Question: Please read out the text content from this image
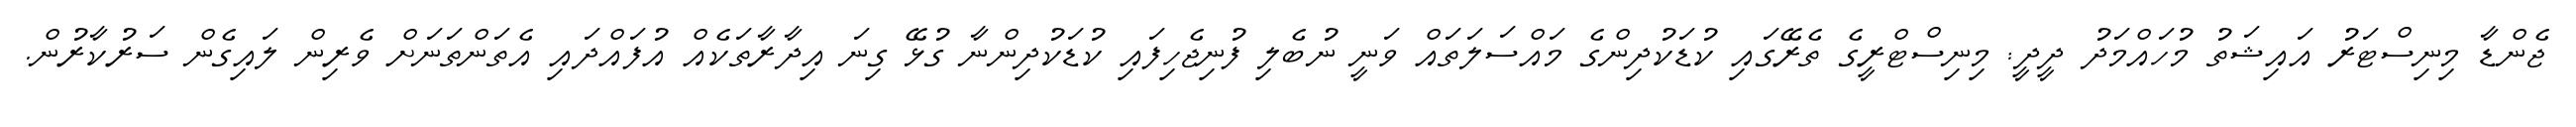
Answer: ޖެންޑާ މިނިސްޓަރު އައިޝަތު މުހައްމަދު ދީދީ: މިނިސްޓްރީގެ ތެރޭގައި ކުޑަކުދިންގެ މައްސަލަތައް ވަނީ ނުބެލި ފުނިޖެހިފައި ކުޑަކުދިންނާ ގުޅޭ ގިނަ އިދާރާތަކެއް އުފައްދައި އެތަންތަނަށް ވެރިން ލައިގެން ސަރުކާރުން.